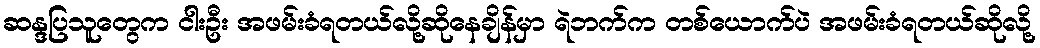
ဆန္ဒပြသူတွေက ငါးဦး အဖမ်းခံရတယ်လို့ဆိုနေချိန်မှာ ရဲဘက်က တစ်ယောက်ပဲ အဖမ်းခံရတယ်ဆိုလို့